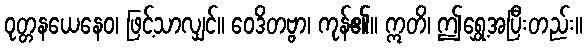
ဝုတ္တနယေနေဝ၊ ဖြင့်သာလျှင်။ ဝေဒိတဗ္ဗာ၊ ကုန်၏။ ဣတိ၊ ဤရွှေ့အပြီးတည်း။